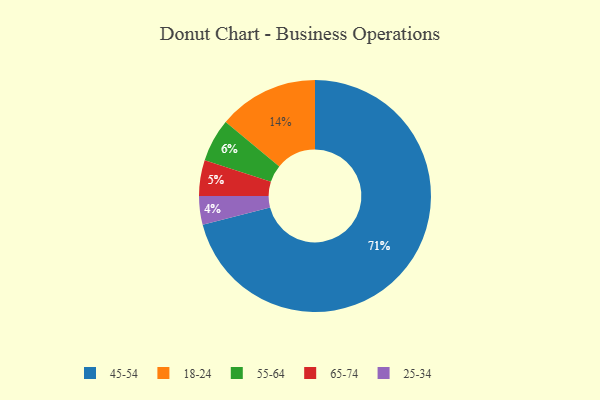
{"axis": {"x": "Category", "y": "Percentage"}, "legend": ["18-24", "25-34", "45-54", "55-64", "65-74"], "data": [{"x": "45-54", "y": 71, "type": "45-54"}, {"x": "25-34", "y": 4, "type": "25-34"}, {"x": "65-74", "y": 5, "type": "65-74"}, {"x": "55-64", "y": 6, "type": "55-64"}, {"x": "18-24", "y": 14, "type": "18-24"}]}